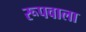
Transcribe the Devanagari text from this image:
रूपवाला